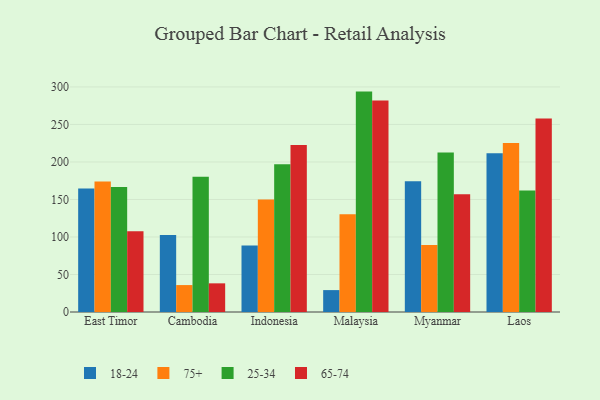
{"axis": {"x": "Country", "y": "Customer Acquisition Cost (USD)"}, "legend": ["18-24", "25-34", "65-74", "75+"], "data": [{"x": "East Timor", "y": 164.6, "type": "18-24"}, {"x": "East Timor", "y": 174.1, "type": "75+"}, {"x": "East Timor", "y": 166.6, "type": "25-34"}, {"x": "East Timor", "y": 107.6, "type": "65-74"}, {"x": "Cambodia", "y": 102.6, "type": "18-24"}, {"x": "Cambodia", "y": 35.9, "type": "75+"}, {"x": "Cambodia", "y": 180.2, "type": "25-34"}, {"x": "Cambodia", "y": 38.2, "type": "65-74"}, {"x": "Indonesia", "y": 88.8, "type": "18-24"}, {"x": "Indonesia", "y": 149.8, "type": "75+"}, {"x": "Indonesia", "y": 196.8, "type": "25-34"}, {"x": "Indonesia", "y": 222.5, "type": "65-74"}, {"x": "Malaysia", "y": 29.2, "type": "18-24"}, {"x": "Malaysia", "y": 130.2, "type": "75+"}, {"x": "Malaysia", "y": 293.8, "type": "25-34"}, {"x": "Malaysia", "y": 282.1, "type": "65-74"}, {"x": "Myanmar", "y": 174.2, "type": "18-24"}, {"x": "Myanmar", "y": 89.2, "type": "75+"}, {"x": "Myanmar", "y": 212.7, "type": "25-34"}, {"x": "Myanmar", "y": 156.9, "type": "65-74"}, {"x": "Laos", "y": 211.6, "type": "18-24"}, {"x": "Laos", "y": 225.4, "type": "75+"}, {"x": "Laos", "y": 162.0, "type": "25-34"}, {"x": "Laos", "y": 257.8, "type": "65-74"}]}